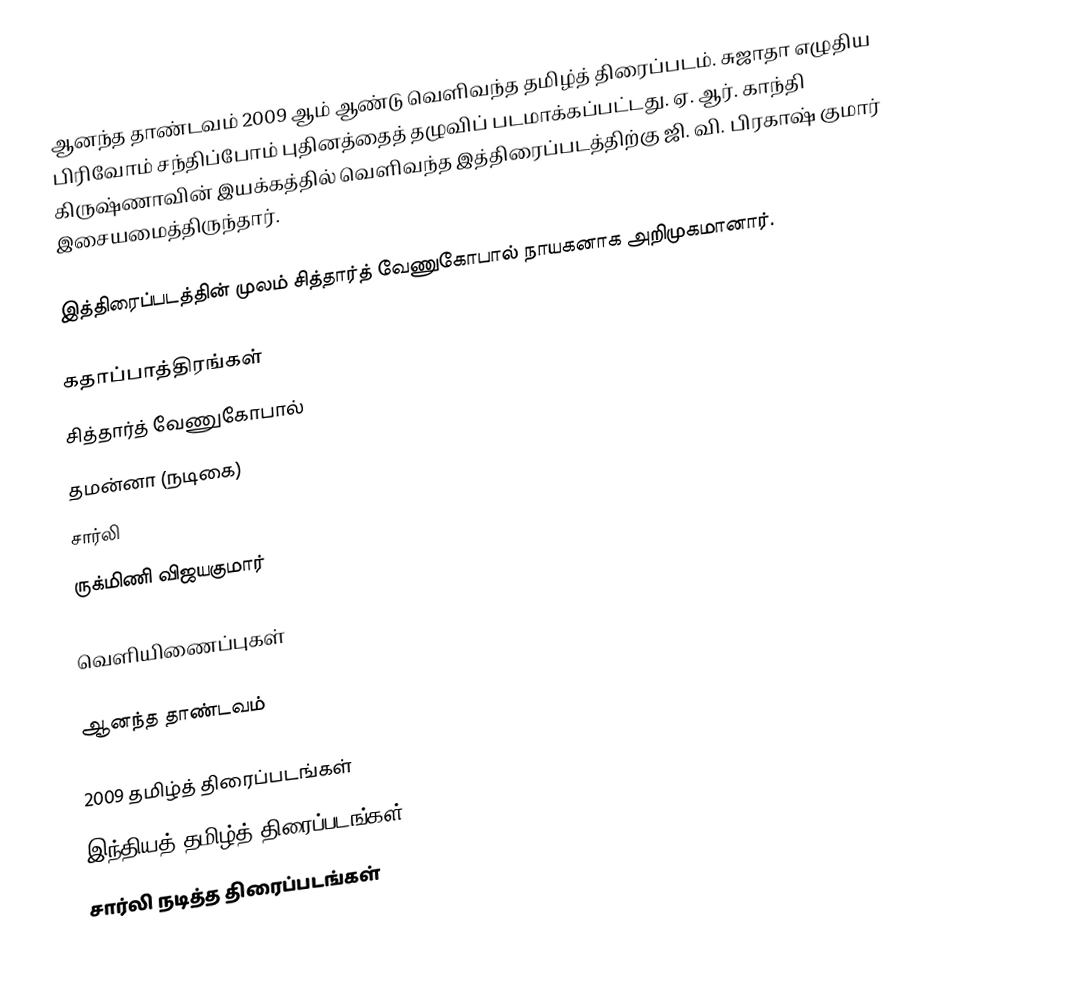
ஆனந்த தாண்டவம் 2009 ஆம் ஆண்டு வெளிவந்த தமிழ்த் திரைப்படம். சுஜாதா எழுதிய பிரிவோம் சந்திப்போம் புதினத்தைத் தழுவிப் படமாக்கப்பட்டது. ஏ. ஆர். காந்தி கிருஷ்ணாவின் இயக்கத்தில் வெளிவந்த இத்திரைப்படத்திற்கு ஜி. வி. பிரகாஷ் குமார் இசையமைத்திருந்தார்.

இத்திரைப்படத்தின் முலம் சித்தார்த் வேணுகோபால் நாயகனாக அறிமுகமானார்.

கதாப்பாத்திரங்கள்
 சித்தார்த் வேணுகோபால்
 தமன்னா (நடிகை)
 சார்லி
 ருக்மிணி விஜயகுமார்

வெளியிணைப்புகள்

ஆனந்த தாண்டவம்

2009 தமிழ்த் திரைப்படங்கள்
இந்தியத் தமிழ்த் திரைப்படங்கள்
சார்லி நடித்த திரைப்படங்கள்